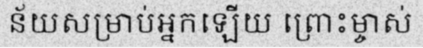
ន័យសម្រាប់អ្នកឡើយ ព្រោះម្ចាស់